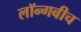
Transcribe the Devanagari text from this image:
लॉन्गबीच